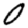
Digit: 0